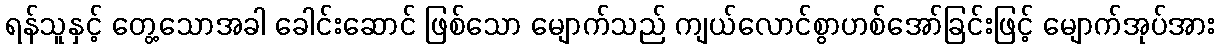
ရန်သူနှင့် တွေ့သောအခါ ခေါင်းဆောင် ဖြစ်သော မျောက်သည် ကျယ်လောင်စွာဟစ်အော်ခြင်းဖြင့် မျောက်အုပ်အား